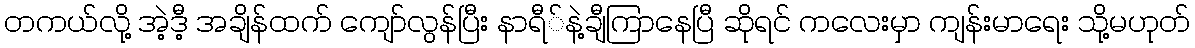
တကယ်လို့ အဲ့ဒီ့ အချိန်ထက် ကျော်လွန်ပြီး နာရီ်နဲ့ချီကြာနေပြီ ဆိုရင် ကလေးမှာ ကျန်းမာရေး သို့မဟုတ်